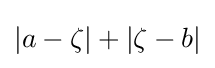
|a-\zeta |+|\zeta -b|